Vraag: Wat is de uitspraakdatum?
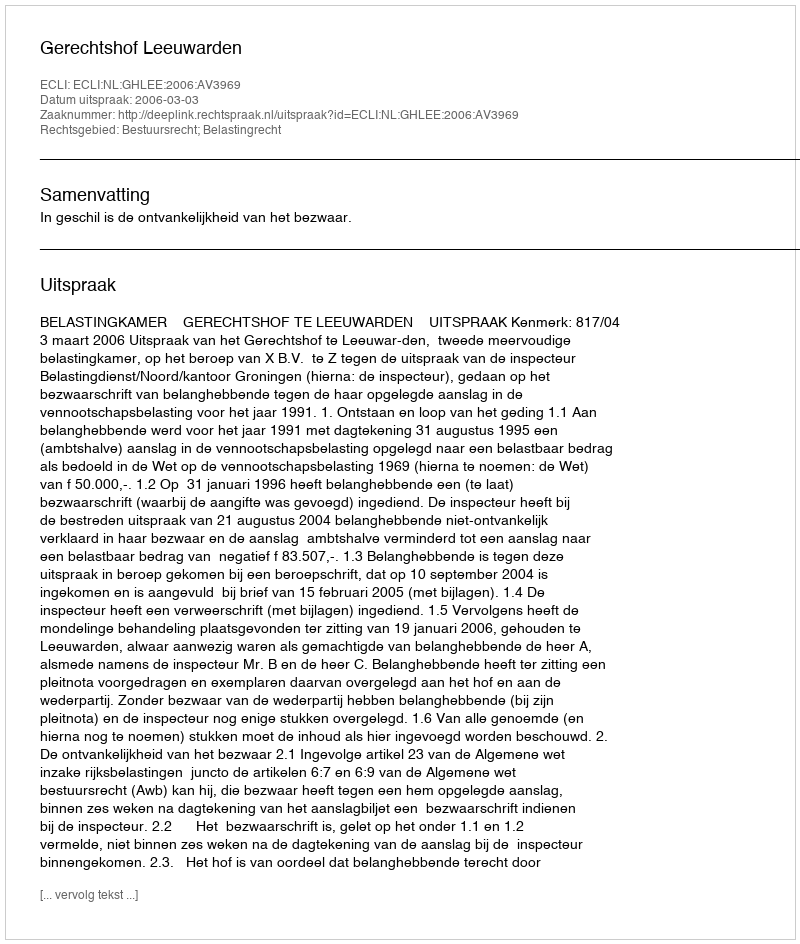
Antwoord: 2006-03-03